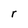
Character: r